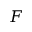
\boldsymbol { F }